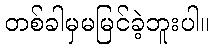
တစ်ခါမှမမြင်ခဲ့ဘူးပါ။